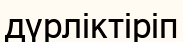
дүрліктіріп